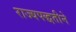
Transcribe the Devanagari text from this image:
राज्यपद्धतीने